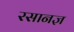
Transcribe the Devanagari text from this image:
रसानज्ञ